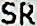
SR